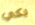
بكي